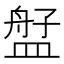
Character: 𬐫